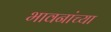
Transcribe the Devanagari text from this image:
भावनांच्या